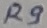
Text: R9